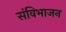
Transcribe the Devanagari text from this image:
संविभाजन